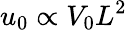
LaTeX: u_{0}\propto V_{0}L^{2}